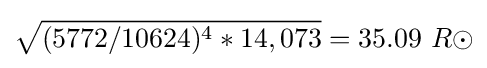
{\sqrt {(5772/10624)^{4}*14,073}}=35.09\ R\odot